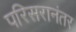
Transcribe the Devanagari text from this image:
परिसरानंतर